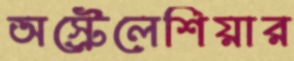
অস্ট্রেলেশিয়ার